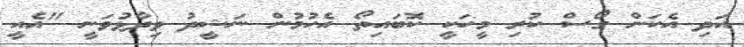
އަދި އެކަން ގޯސް ކުރި މީހަކީ ކޮބައިތޯ އެހުމުން ނަޝީދު ވިދާޅުވަނީ "އެއީ